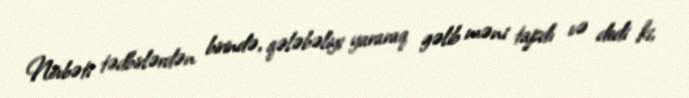
Növbəti tədbirlərdən birində, qələbəliyi yararaq gəlib məni tapdı və dedi ki,